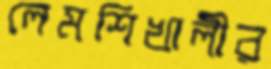
লেমশিখালীর